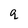
Character: q